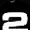
Digit: 2